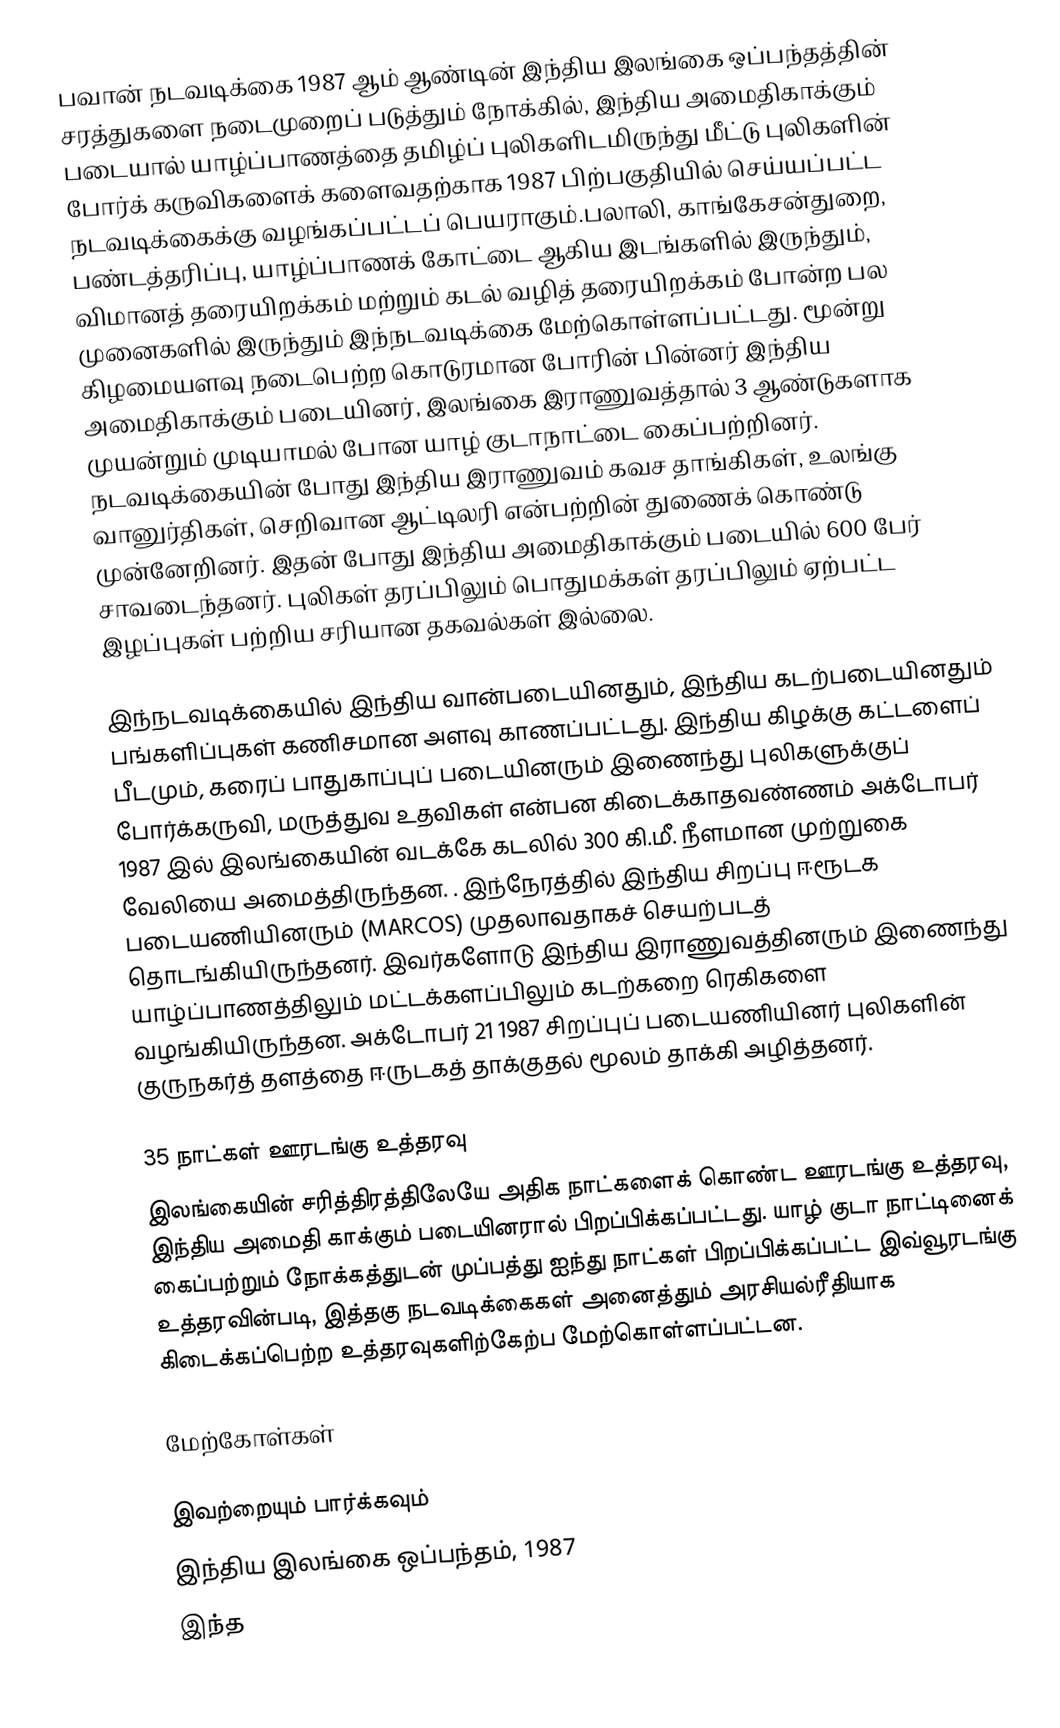
பவான் நடவடிக்கை 1987 ஆம் ஆண்டின் இந்திய இலங்கை ஒப்பந்தத்தின் சரத்துகளை நடைமுறைப் படுத்தும் நோக்கில், இந்திய அமைதிகாக்கும் படையால் யாழ்ப்பாணத்தை தமிழ்ப் புலிகளிடமிருந்து மீட்டு புலிகளின் போர்க் கருவிகளைக் களைவதற்காக 1987 பிற்பகுதியில் செய்யப்பட்ட நடவடிக்கைக்கு வழங்கப்பட்டப் பெயராகும்.பலாலி, காங்கேசன்துறை, பண்டத்தரிப்பு, யாழ்ப்பாணக் கோட்டை ஆகிய இடங்களில் இருந்தும், விமானத் தரையிறக்கம் மற்றும் கடல் வழித் தரையிறக்கம் போன்ற பல முனைகளில் இருந்தும் இந்நடவடிக்கை மேற்கொள்ளப்பட்டது. மூன்று கிழமையளவு நடைபெற்ற கொடுரமான போரின் பின்னர் இந்திய அமைதிகாக்கும் படையினர், இலங்கை இராணுவத்தால் 3 ஆண்டுகளாக முயன்றும் முடியாமல் போன  யாழ் குடாநாட்டை கைப்பற்றினர். நடவடிக்கையின் போது இந்திய இராணுவம் கவச தாங்கிகள், உலங்கு வானுர்திகள், செறிவான ஆட்டிலரி என்பற்றின் துணைக் கொண்டு முன்னேறினர். இதன் போது இந்திய அமைதிகாக்கும் படையில் 600 பேர் சாவடைந்தனர். புலிகள் தரப்பிலும் பொதுமக்கள் தரப்பிலும் ஏற்பட்ட இழப்புகள் பற்றிய சரியான தகவல்கள் இல்லை.

இந்நடவடிக்கையில் இந்திய வான்படையினதும், இந்திய கடற்படையினதும் பங்களிப்புகள் கணிசமான அளவு காணப்பட்டது. இந்திய கிழக்கு கட்டளைப் பீடமும், கரைப் பாதுகாப்புப் படையினரும் இணைந்து புலிகளுக்குப் போர்க்கருவி, மருத்துவ  உதவிகள் என்பன கிடைக்காதவண்ணம் அக்டோபர் 1987 இல் இலங்கையின் வடக்கே கடலில் 300 கி.மீ. நீளமான முற்றுகை வேலியை அமைத்திருந்தன. . இந்நேரத்தில் இந்திய சிறப்பு ஈரூடக படையணியினரும் (MARCOS) முதலாவதாகச் செயற்படத் தொடங்கியிருந்தனர். இவர்களோடு இந்திய இராணுவத்தினரும் இணைந்து யாழ்ப்பாணத்திலும் மட்டக்களப்பிலும் கடற்கறை ரெகிகளை வழங்கியிருந்தன. அக்டோபர் 21 1987 சிறப்புப் படையணியினர் புலிகளின் குருநகர்த் தளத்தை ஈருடகத் தாக்குதல் மூலம் தாக்கி அழித்தனர்.

35 நாட்கள் ஊரடங்கு உத்தரவு
இலங்கையின் சரித்திரத்திலேயே அதிக நாட்களைக் கொண்ட ஊரடங்கு உத்தரவு, இந்திய அமைதி காக்கும் படையினரால் பிறப்பிக்கப்பட்டது. யாழ் குடா நாட்டினைக் கைப்பற்றும் நோக்கத்துடன் முப்பத்து ஐந்து நாட்கள் பிறப்பிக்கப்பட்ட இவ்வூரடங்கு உத்தரவின்படி, இத்தகு நடவடிக்கைகள் அனைத்தும் அரசியல்ரீதியாக கிடைக்கப்பெற்ற உத்தரவுகளிற்கேற்ப மேற்கொள்ளப்பட்டன.

மேற்கோள்கள்

இவற்றையும் பார்க்கவும்
 இந்திய இலங்கை ஒப்பந்தம், 1987
 இந்த